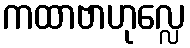
ကထာဗာဟုလ္လေ